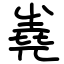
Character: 嶤